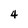
Character: 4